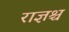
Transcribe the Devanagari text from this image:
राज्ञश्च